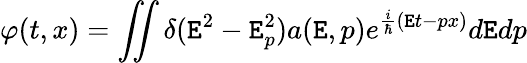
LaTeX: \varphi(t,x)=\iint\delta(\mathtt{E}^{2}-\mathtt{E}_{p}^{2})a(\mathtt{E},p)e^{\frac{{i}}{{\hbar}}(\mathtt{E}t-px)}d\mathtt{E}dp